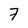
Character: 7